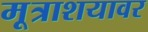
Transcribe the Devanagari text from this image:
मूत्राशयावर